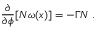
\frac { \partial } { \partial \phi } [ N \omega ( x ) ] = - \Gamma N \; .